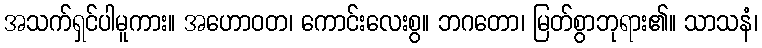
အသက်ရှင်ပါမူကား။ အဟောဝတ၊ ကောင်းလေးစွ။ ဘဂတော၊ မြတ်စွာဘုရား၏။ သာသနံ၊